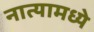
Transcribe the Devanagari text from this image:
नात्यामध्ये